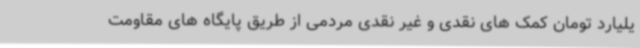
یلیارد تومان کمک های نقدی و غیر نقدی مردمی از طریق پایگاه های مقاومت